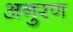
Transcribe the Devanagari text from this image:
अनुरण